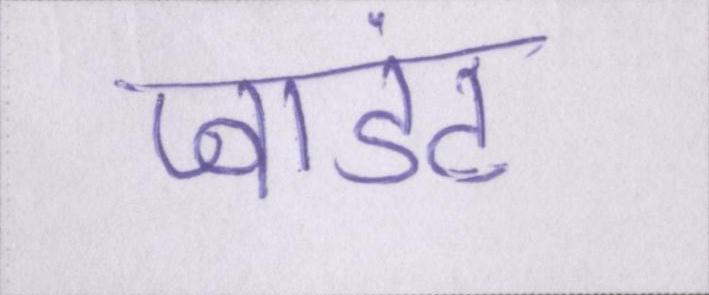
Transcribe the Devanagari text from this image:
प्वाइंट